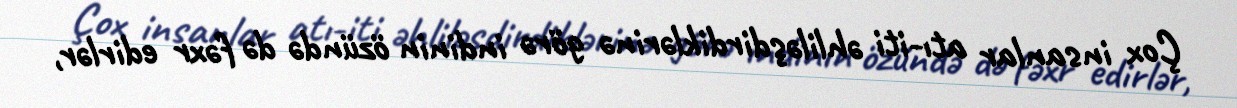
Çox insanlar atı-iti əhliləşdirdiklərinə görə indinin özündə də fəxr edirlər,